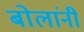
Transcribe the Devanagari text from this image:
बोलांनी